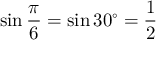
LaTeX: \sin { \frac { \pi } { 6 } } = \sin 3 0 ^ { \circ } = { \frac { 1 } { 2 } }